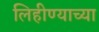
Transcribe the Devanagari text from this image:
लिहीण्याच्या